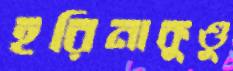
হরিনাকুণ্ডু